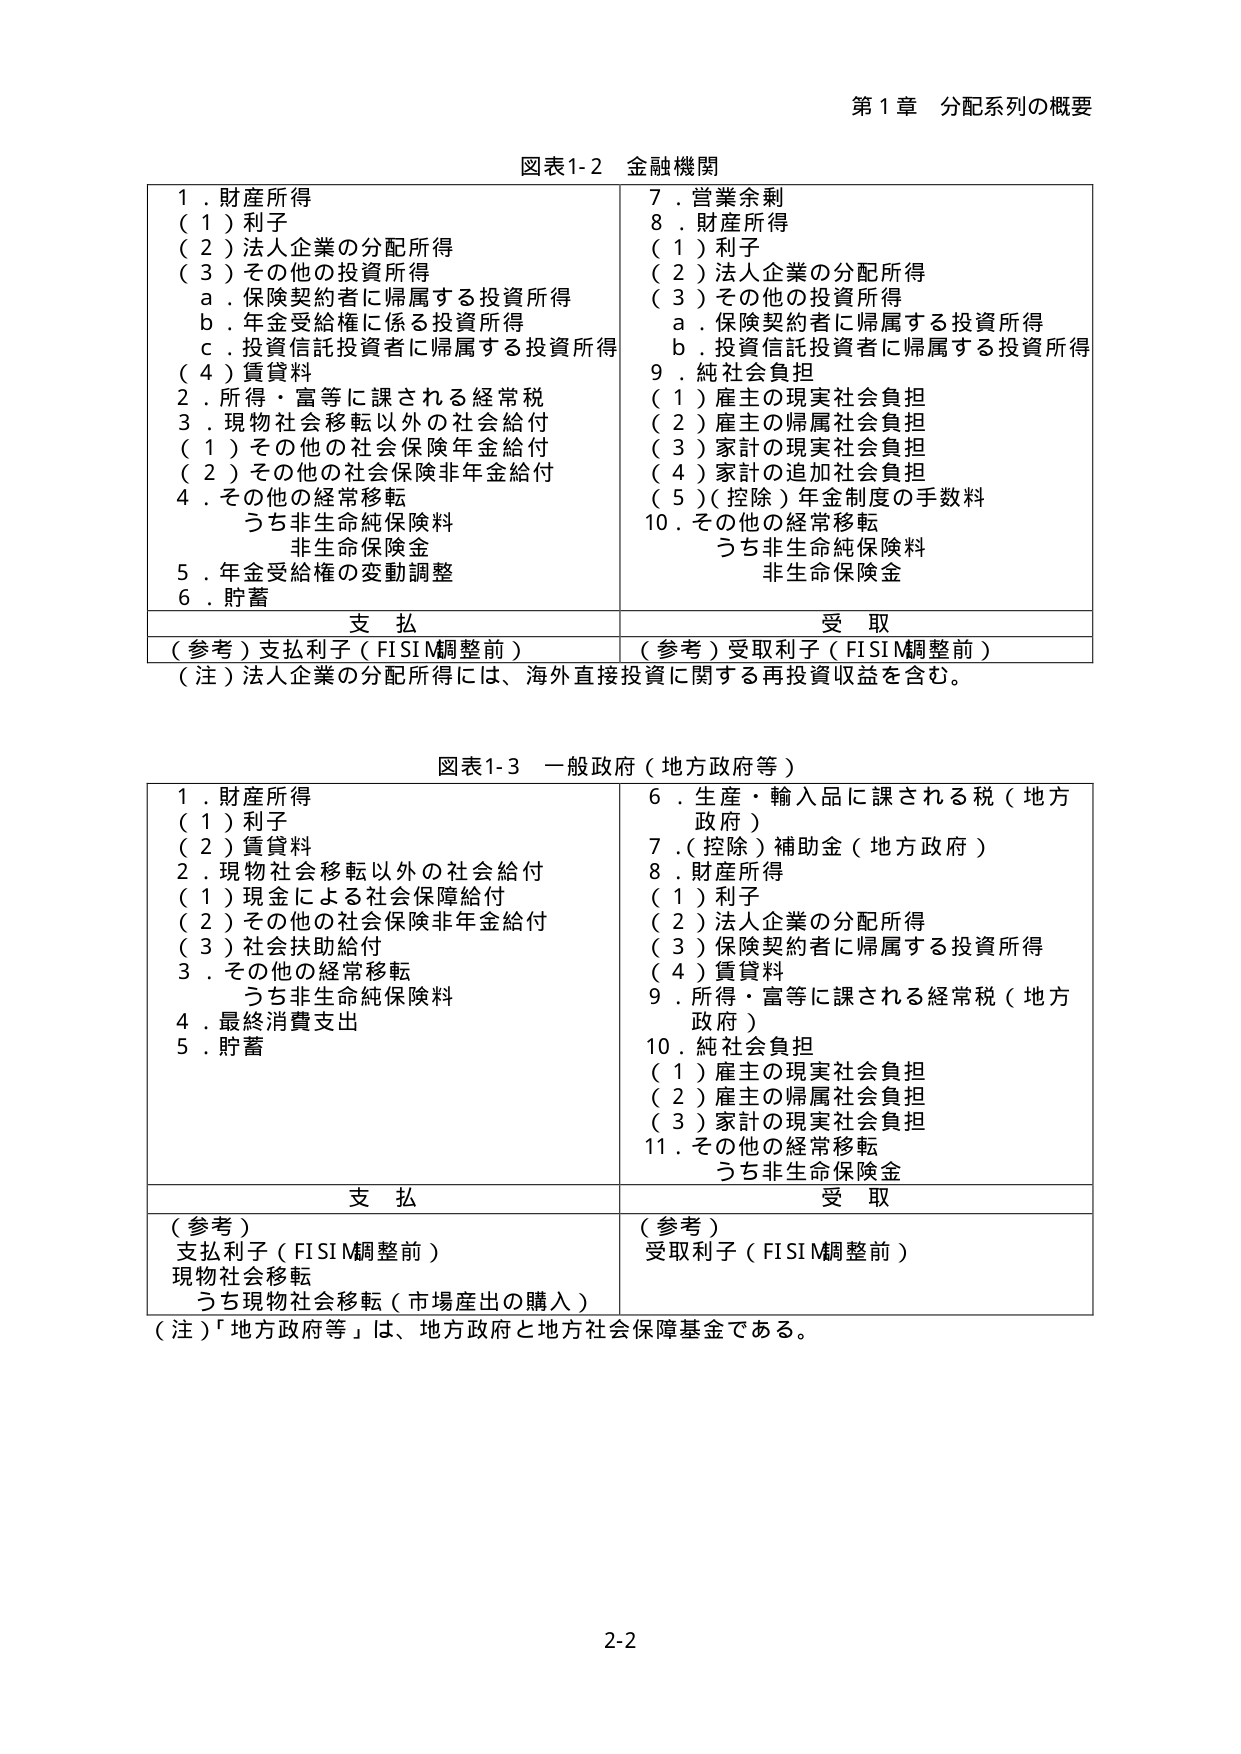
第1章 分配系列の概要

図表1-2 金融機関

1．財産所得
（1）利子
（2）法人企業の分配所得
（3）その他の投資所得
　a．保険契約者に帰属する投資所得
　b．年金受給権に係る投資所得
　c．投資信託投資者に帰属する投資所得
（4）賃貸料
2．所得・富等に課される経常税
3．現物社会移転以外の社会給付
　（1）その他の社会保険年金給付
　（2）その他の社会保険非年金給付
4．その他の経常移転
　うち非生命純保険料
　非生命保険金
5．年金受給権の変動調整
6．貯蓄

7．営業余剰
8．財産所得
　（1）利子
　（2）法人企業の分配所得
　（3）その他の投資所得
　　a．保険契約者に帰属する投資所得
　　b．投資信託投資者に帰属する投資所得
9．純社会負担
　（1）雇主の現実社会負担
　（2）雇主の帰属社会負担
　（3）家計の現実社会負担
　（4）家計の追加社会負担
　（5）（控除）年金制度の手数料
10．その他の経常移転
　うち非生命純保険料
　非生命保険金

支払　　　　　　　　　　　　　　　受取
（参考）支払利子（FISIM調整前）　（参考）受取利子（FISIM調整前）

（注）法人企業の分配所得には、海外直接投資に関する再投資収益を含む。

図表1-3 一般政府（地方政府等）

1．財産所得
　（1）利子
　（2）賃貸料
2．現物社会移転以外の社会給付
　（1）現金による社会保障給付
　（2）その他の社会保険非年金給付
　（3）社会扶助給付
3．その他の経常移転
　うち非生命純保険料
4．最終消費支出
5．貯蓄

6．生産・輸入品に課される税（地方政府）
7．（控除）補助金（地方政府）
8．財産所得
　（1）利子
　（2）法人企業の分配所得
　（3）保険契約者に帰属する投資所得
　（4）賃貸料
9．所得・富等に課される経常税（地方政府）
10．純社会負担
　（1）雇主の現実社会負担
　（2）雇主の帰属社会負担
　（3）家計の現実社会負担
11．その他の経常移転
　うち非生命保険金

支払　　　　　　　　　　　　　　　受取
（参考）
　支払利子（FISIM調整前）
　現物社会移転
　うち現物社会移転（市場産出の購入）
（参考）
　受取利子（FISIM調整前）

（注）「地方政府等」は、地方政府と地方社会保障基金である。

2-2